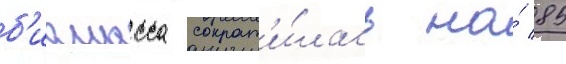
б'иомасса сократ'и́лась на́ 85